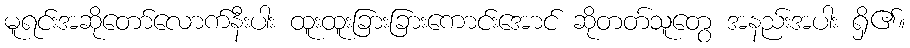
မူရင်းအဆိုတော်လောက်နီးပါး ထူးထူးခြားခြားကောင်းအောင် ဆိုတတ်သူတွေ အနည်းအပါး ရှိ၏။